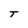
Character: T